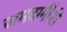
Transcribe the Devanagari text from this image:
जमदग्मींनी